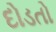
દોડતો